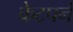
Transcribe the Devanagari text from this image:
केटपर्न